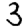
Digit: 3